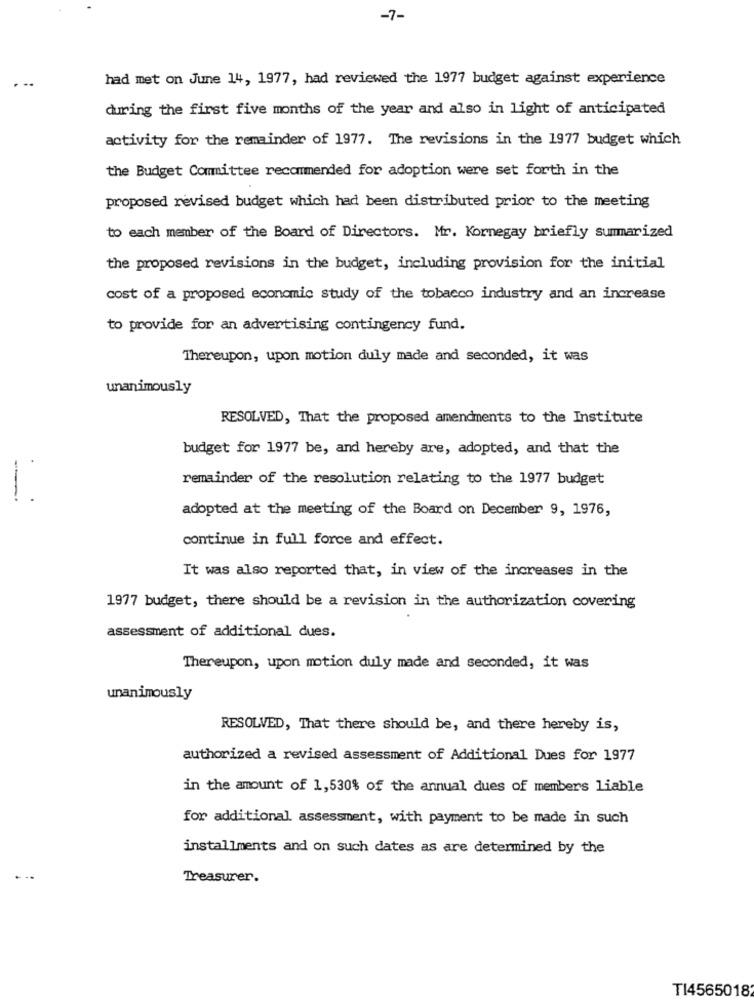
-7-
had met on June 14, 1977, had reviewed the 1977 budget against experience
during the first five months of the year and also in light of anticipated
activity for the remainder of 1977. The revisions in the 1977 budget which
the Budget Committee recommended for adoption were set forth in the
proposed revised budget which had been distributed prior to the meeting
to each member of the Board of Directors. Mr. Kornegay briefly summarized
the proposed revisions in the budget, including provision for the initial
cost of a proposed economic study of the tobacco industry and an increase
to provide for an advertising contingency fund.
Thereupon, upon motion dully made and seconded, it was
unanimously
RESOLVED, That the proposed amendments to the Institute
budget for 1977 be, and hereby are, adopted, and that the
remainder of the resolution relating to the 1977 budget
-
adopted at the meeting of the Board on December 9, 1976,
continue in full force and effect.
It was also reported that, in view of the increases in the
1977 budget, there should be a revision in the authorization covering
assessment of additional dues.
Thereupon, upon motion duly made and seconded, it was
unanimously
RESOLVED, That there should be, and there hereby is,
authorized a revised assessment of Additional Dues for 1977
in the amount of 1,530% of the annual dues of members liable
for additional assessment, with payment to be made in such
installments and on such dates as are determined by the
Treasurer.
TI4565018